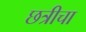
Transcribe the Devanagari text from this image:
छत्रीचा